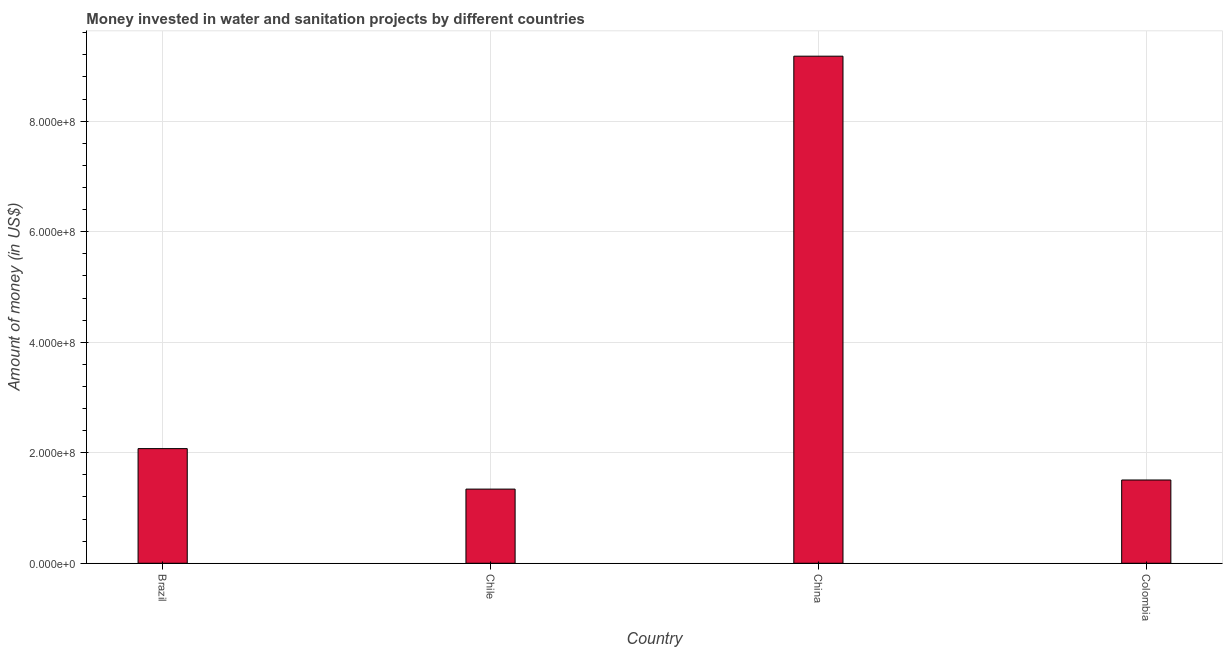
| Country | Investment |
 | --- | --- |
 | Brazil | 2.07e+08 |
 | Chile | 1.34e+08 |
 | China | 9.18e+08 |
 | Colombia | 1.51e+08 |